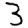
Digit: 3